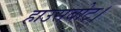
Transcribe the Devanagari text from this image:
हाउसबोट।